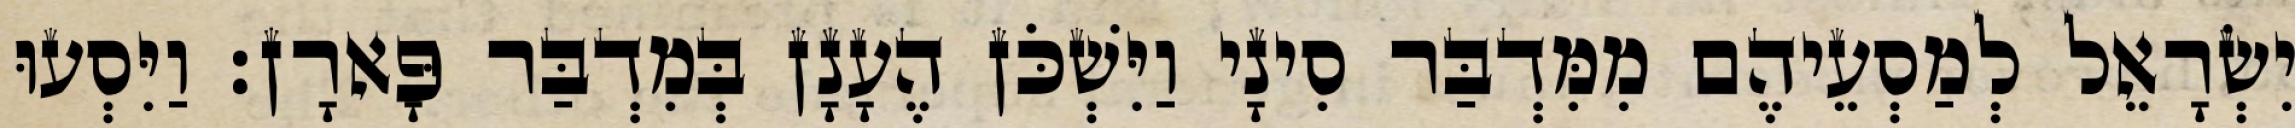
יִשְׂרָאֵל לְמַסְעֵיהֶם מִמִּדְבַּר סִינָי וַיִּשְׁכֹּן הֶעָנָן בְּמִדְבַּר פָּארָן׃ וַיִּסְעוּ